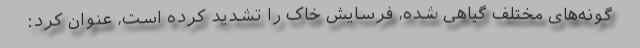
گونه‌های مختلف گیاهی شده، فرسایش خاک را تشدید کرده است، عنوان کرد: